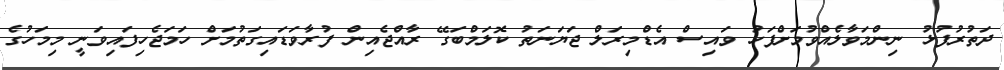
ދަތުރުފުޅު ނިންމަވާލެއްވުމަށްފަހު ވައިސް އެޑްމިރަލް ޖަޔަނަތު ކޮލަމްބަގޭ ރާއްޖެއިން ފުރާވަޑައިގަތުމަށް ހަމަޖެހިފައިވަނީ މިމަހުގެ